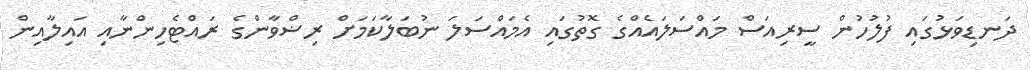
ދަނޑިވަޅުގައި ފުލުހުން ސީރިއަސް މައްސަލައެއްގެ ގޮތުގައި އެމައްސަލަ ނުބަލާކަމަށް ރިޟްވާންގެ ރައްޓެހިންނާއި އައިލާއިން